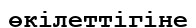
өкілеттігіне